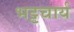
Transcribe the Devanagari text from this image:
भट्टचार्य